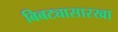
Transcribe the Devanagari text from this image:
बिबट्यासारखा